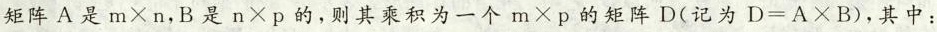
矩阵A是$$m \times n$$，B是$$n \times p$$的，则其乘积为一个$$m \times p$$的矩阵D(记为$$D = A \times B$$)，其中：